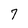
Character: 7